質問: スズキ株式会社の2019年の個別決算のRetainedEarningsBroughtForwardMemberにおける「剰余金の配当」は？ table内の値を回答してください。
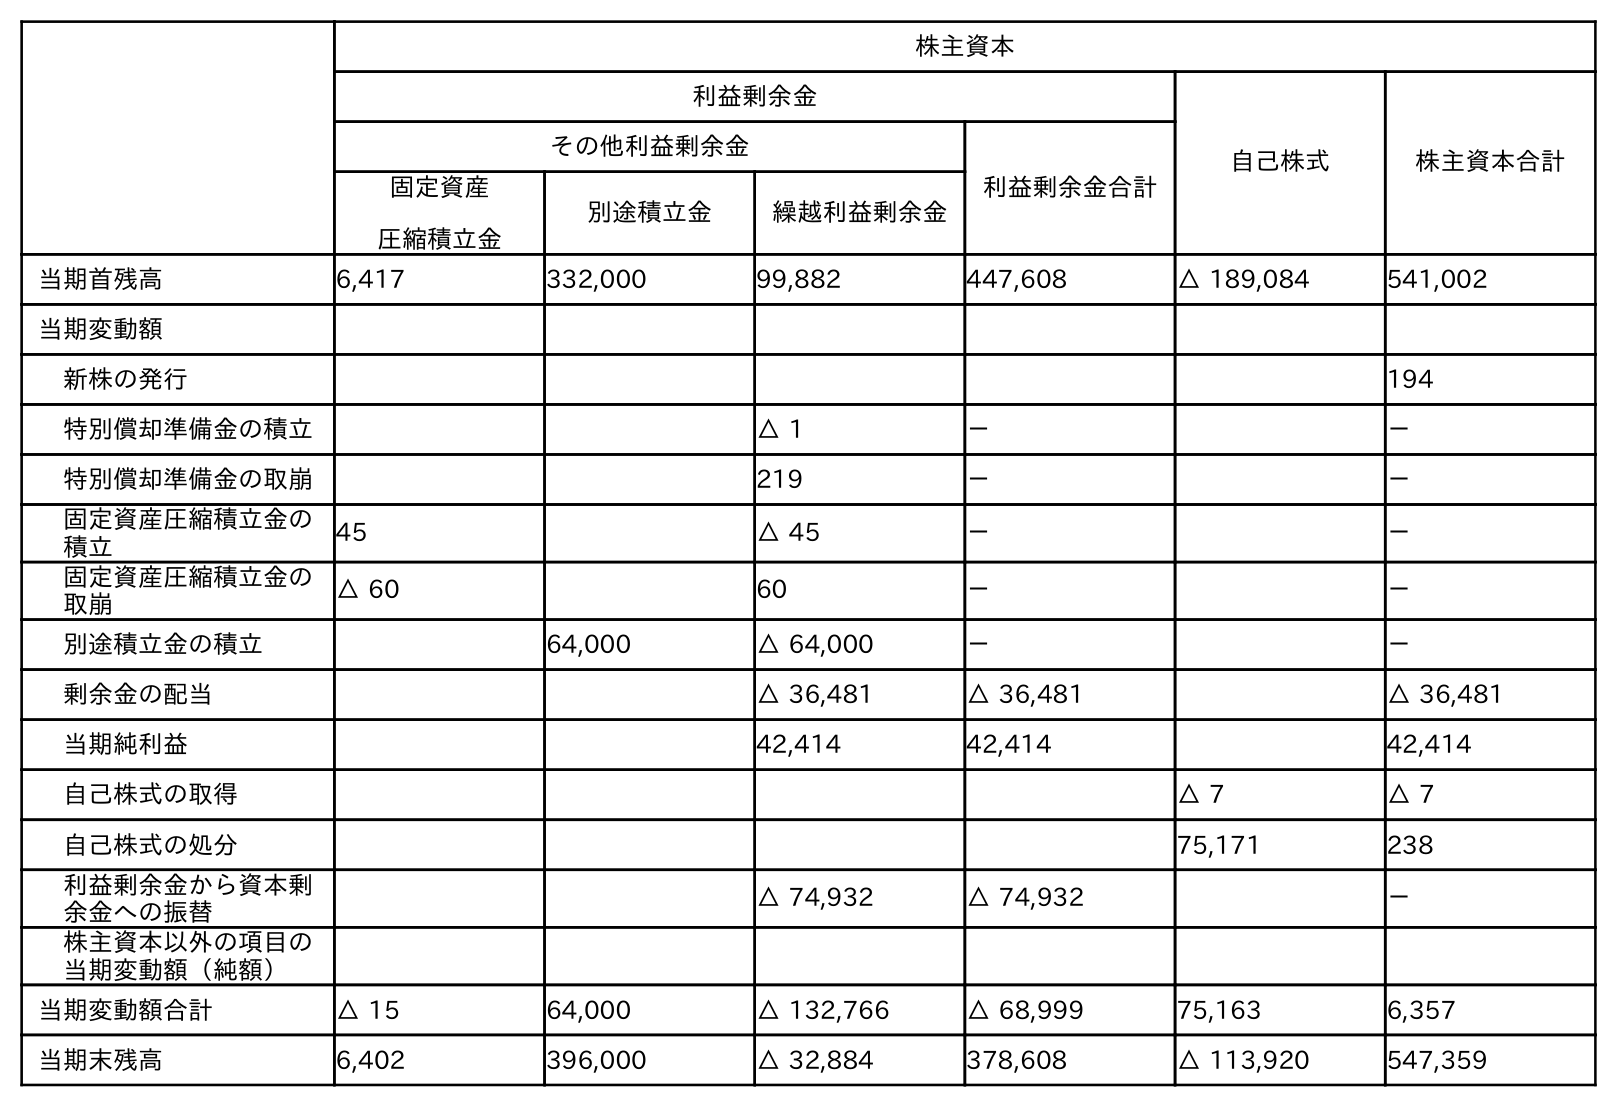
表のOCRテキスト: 株主資本 利益剰余金 自己株式 株主資本合計 その他利益剰余金 利益剰余金合計 固定資産 圧縮積立金 別途積立金 繰越利益剰余金 当期首残高 6,417 332,000 99,882 447,608 △ 189,084 541,002 当期変動額 新株の発行 194 特別償却準備金の積立 △ 1 － － 特別償却準備金の取崩 219 － － 固定資産圧縮積立金の 積立 45 △ 45 － － 固定資産圧縮積立金の 取崩 △ 60 60 － － 別途積立金の積立 64,000 △ 64,000 － － 剰余金の配当 △ 36,481 △ 36,481 △ 36,481 当期純利益 42,414 42,414 42,414 自己株式の取得 △ 7 △ 7 自己株式の処分 75,171 238 利益剰余金から資本剰 余金への振替 △ 74,932 △ 74,932 － 株主資本以外の項目の 当期変動額（純額） 当期変動額合計 △ 15 64,000 △ 132,766 △ 68,999 75,163 6,357 当期末残高 6,402 396,000 △ 32,884 378,608 △ 113,920 547,359
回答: △36,481